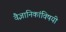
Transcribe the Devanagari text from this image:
वैज्ञानिकांविषयी